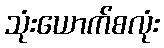
သုံးယောက်စလုံး